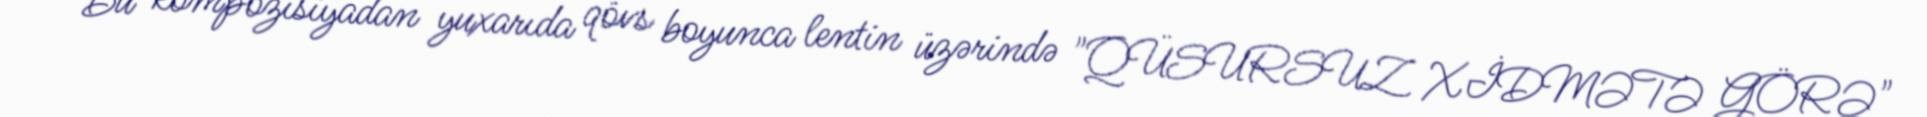
Bu kompozisiyadan yuxarıda qövs boyunca lentin üzərində "QÜSURSUZ XİDMƏTƏ GÖRƏ"